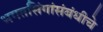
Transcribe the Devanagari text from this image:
भगतसिंगांसंबंधीचे